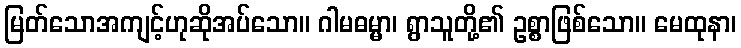
မြတ်သောအကျင့်ဟုဆိုအပ်သော။ ဂါမဓမ္မာ၊ ရွာသူတို့၏ ဥစ္စာဖြစ်သော။ မေထုနာ၊